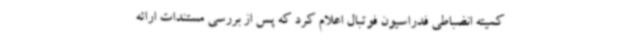
کمیته انضباطی فدراسیون فوتبال اعلام کرد که پس از بررسی مستندات ارائه